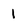
Character: 1